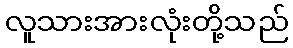
လူသားအားလုံးတို့သည်